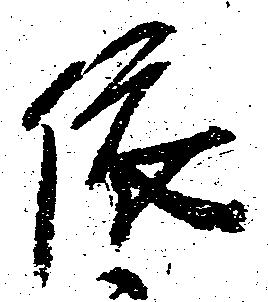
依